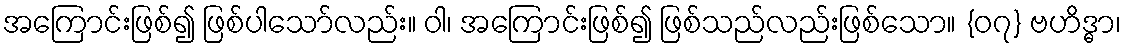
အကြောင်းဖြစ်၍ ဖြစ်ပါသော်လည်း။ ဝါ၊ အကြောင်းဖြစ်၍ ဖြစ်သည်လည်းဖြစ်သော။ {၀၇} ဗဟိဒ္ဓာ၊